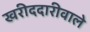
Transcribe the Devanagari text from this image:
खरीददारीवाले